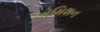
એમિશન